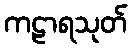
ကဠာရသုတ်